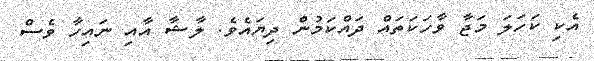
އެކި ކަހަލަ މަޖާ ވާހަކަތައް ދައްކަމުން ދިޔައެވެ. ލާޝާ އާއި ނައިހާ ވެސް